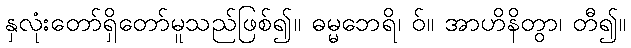
နှလုံးတော်ရှိတော်မူသည်ဖြစ်၍။ ဓမ္မဘေရိ၊ ဝ်။ အာဟိနိတွာ၊ တီ၍။